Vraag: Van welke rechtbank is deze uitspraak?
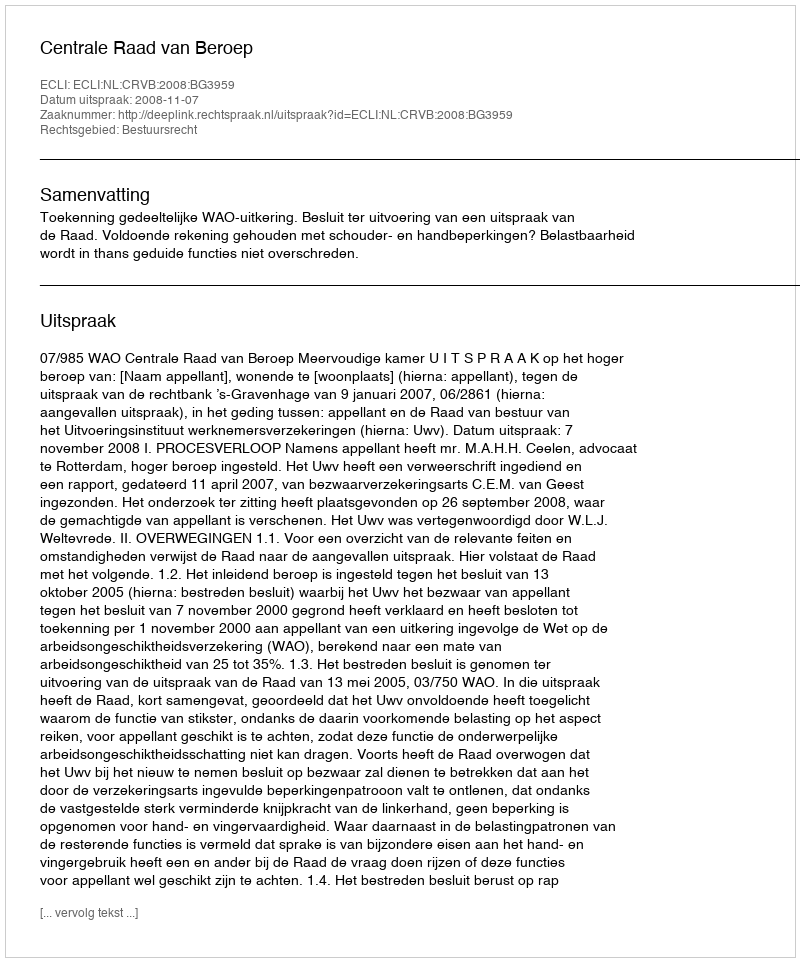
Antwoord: Centrale Raad van Beroep